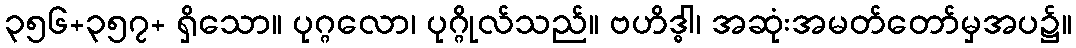
၃၅၆+၃၅၇+ ရှိသော။ ပုဂ္ဂလော၊ ပုဂ္ဂိုလ်သည်။ ဗဟိဒ္ဓါ၊ အဆုံးအမတ်တော်မှအပ၌။